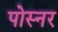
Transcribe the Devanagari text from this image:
पोस्‍नर